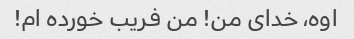
اوه، خدای من! من فریب خورده ام!